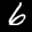
Label: 6